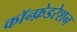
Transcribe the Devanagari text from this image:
कॉन्फ़ेडरेशन